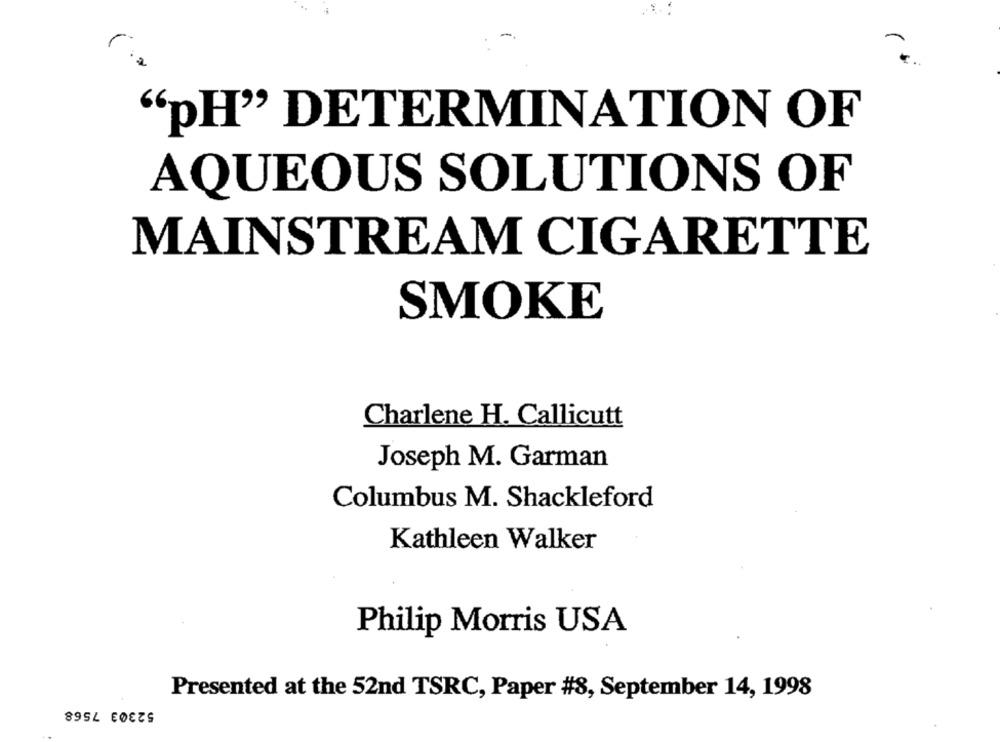
Mia
"pH" DETERMINATION OF
AQUEOUS SOLUTIONS OF
MAINSTREAM CIGARETTE
SMOKE
Charlene H. Callicutt
Joseph M. Garman
Columbus M. Shackleford
Kathleen Walker
Philip Morris USA
Presented at the 52nd TSRC, Paper #8, September 14, 1998
52303 7568